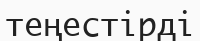
теңестірді